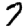
Digit: 7